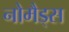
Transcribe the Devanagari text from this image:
नोमैड्स